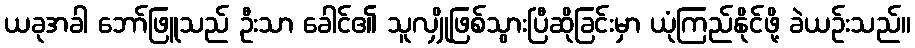
ယခုအခါ ဘော်ဖြူသည် ဦးသာ ခေါင်၏ သူလျှိုဖြစ်သွားပြီဆိုခြင်းမှာ ယုံကြည်နိုင်ဖို့ ခဲယဉ်းသည်။